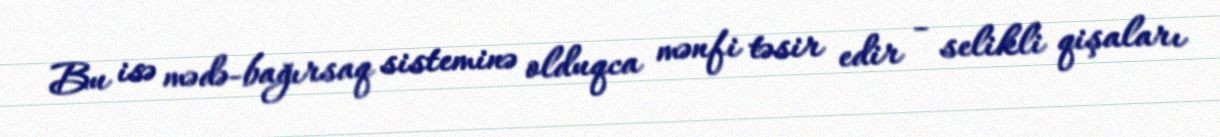
Bu isə mədə-bağırsaq sisteminə olduqca mənfi təsir edir - selikli qişaları